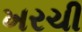
ખરચી